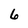
Character: 6